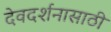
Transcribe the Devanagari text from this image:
देवदर्शनासाठी